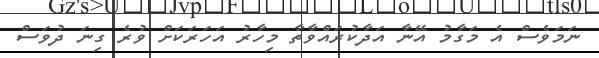
ނަމަވެސް އެ މަގާމު އޭނާ އަދާކުރައްވާތާ މިހާރު އަހަރަކަށް ވުރެ ގިނަ ދުވަސް